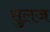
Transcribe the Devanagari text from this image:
सुलज